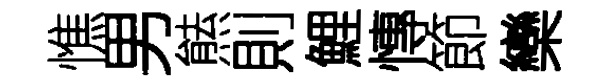
憔男㷱則鯉慱節欒